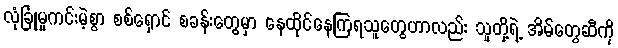
လုံခြုံမှုကင်းမဲ့စွာ စစ်ရှောင် စခန်းတွေမှာ နေထိုင်နေကြရသူတွေဟာလည်း သူတို့ရဲ့ အိမ်တွေဆီကို